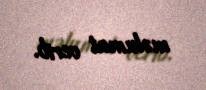
məlumat verib.